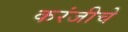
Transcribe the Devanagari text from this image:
करंजीचे